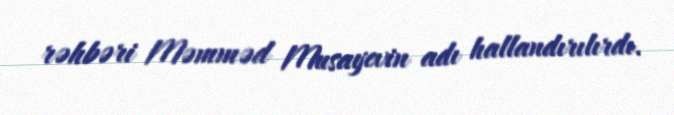
rəhbəri Məmməd Musayevin adı hallandırılırdı.